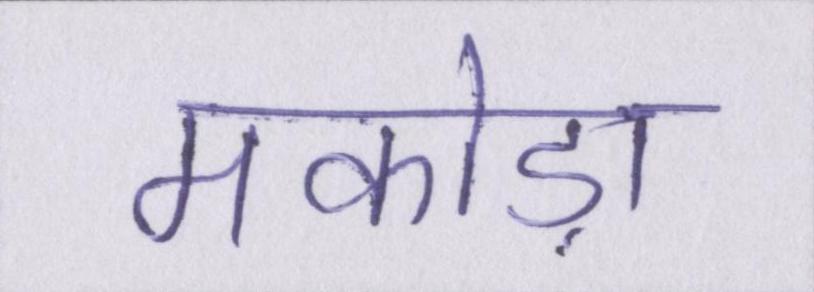
मकोड़ा